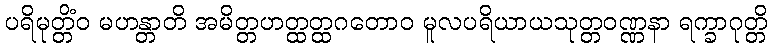
ပရိမုတ္တိံဝ မဟန္တာတိ အမိတ္တဟတ္ထတ္ထဂတောဝ မူလပရိယာယသုတ္တဝဏ္ဏနာ ရက္ခာဂုတ္တိ